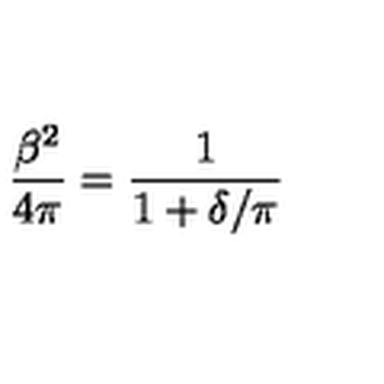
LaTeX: { \frac { \beta ^ { 2 } } { 4 \pi } } = { \frac { 1 } { 1 + \delta / \pi } }